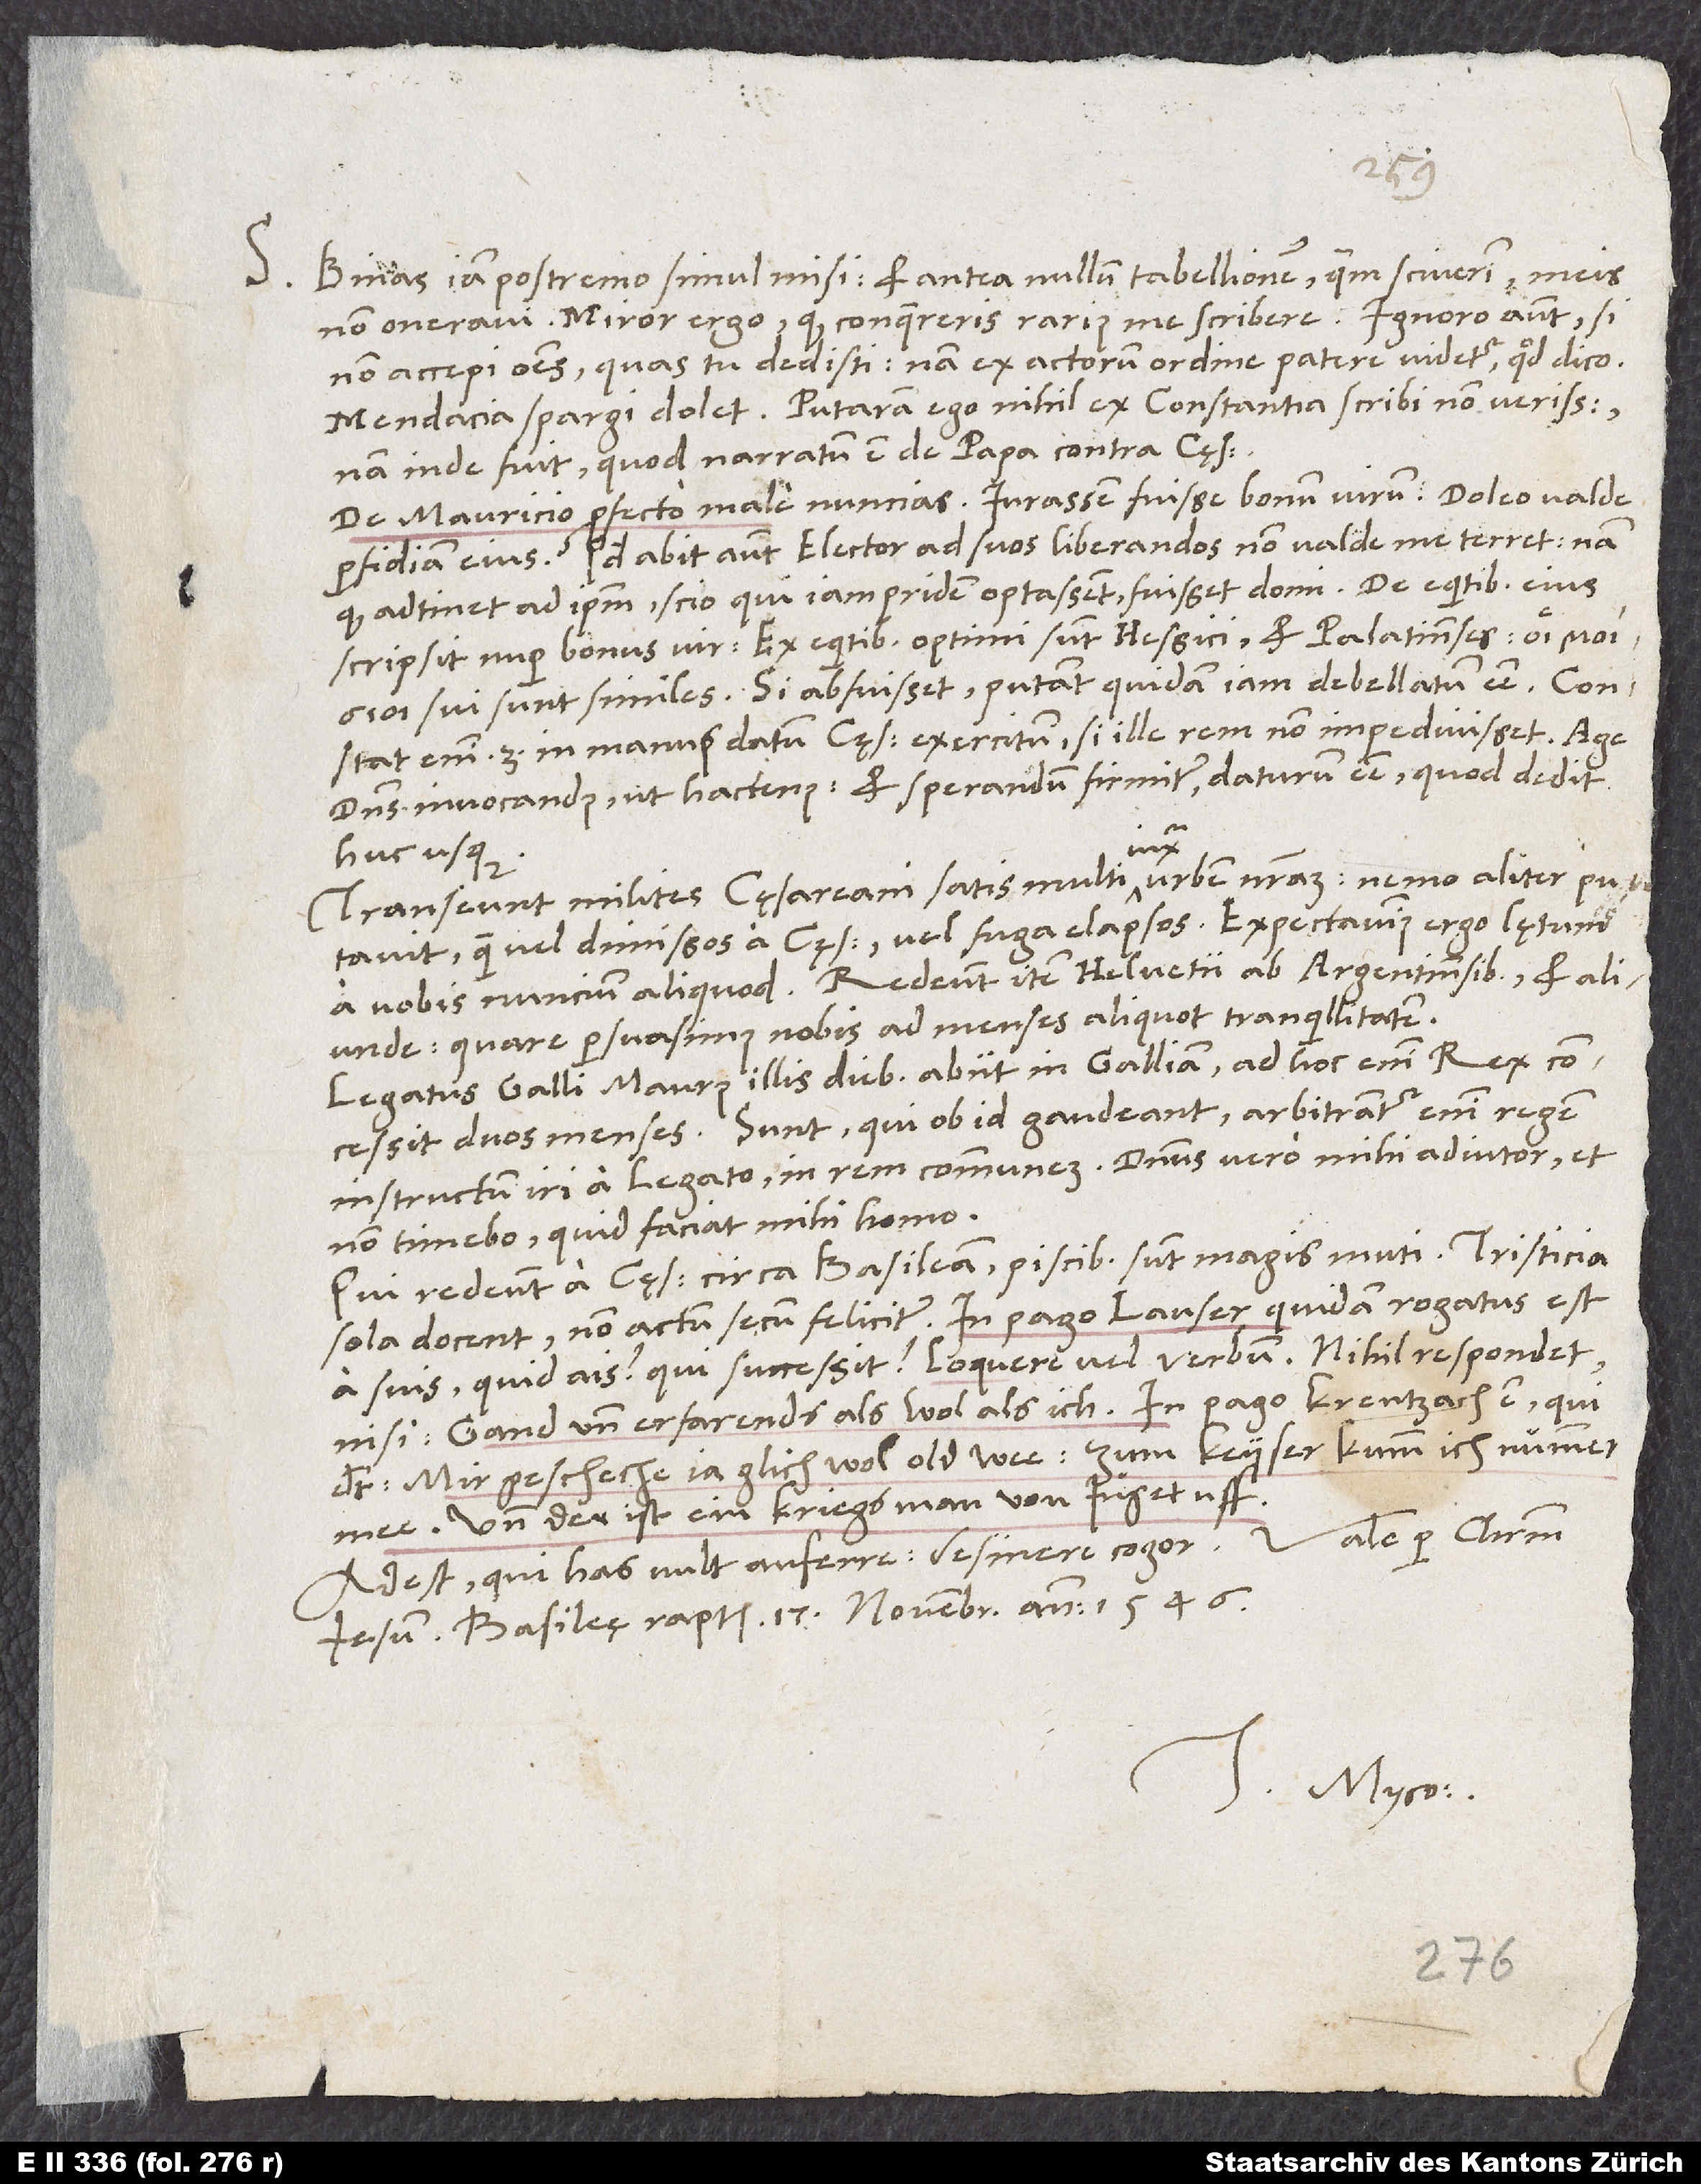
S. Binas iam postremo simul misi et antea nullum tabellionem, quantum sciverim, meis
non oneravi. Miror ergo, quod conquereris rarius me scribere. Ignoro autem, si
non accepi omnes, quas tu dedisti, nam ex actorum ordine patere videtur, quod dico.
Mendacia spargi dolet; putaram ego nihil ex Constantia scribi non verissimum;
nam inde fuit, quod narratum est de papa contra cęsarem.
De Mauricio profecto male nuncias. Iurassem fuisse bonum virum! Doleo valde
perfidiam eius. Quod abit autem elector ad suos liberandos, non valde me terret. Nam
quod adtinet ad ipsum, scio, qui iam pridem optassent fuisset domi. De equitibus eius
scripsit nuper bonus vir: „Ex equitibus optimi sunt Hessici et Palatinenses. sui sunt
similes.“ Si abfuisset, putant quidam iam debellatum esse.
Constat enim tertio in manus datum cęsaris exercitum, si ille rem non impedivisset. Age,
dominus invocandus ut hactenus, et sperandum firmiter daturum esse, quod dedit
hucusque.
Transeunt milites cęsareani satis multi iuxta urbem nostram. Nemo aliter putavit
quam vel dimissos a cęsare vel fuga elapsos. Expectavimus ergo lętum
a vobis nuncium aliquod. Redeunt item Helvetii ab Argentinensibus et aliunde.
Quare persuasimus nobis ad menses aliquot tranquillitatem.
Legatus Galli Maurus illis diebus abiit in Galliam. Ad hoc enim rex
concessit duos menses. Sunt, qui ob id gaudeant. Arbitrantur enim regem
instructum iri a legato in rem communem. Dominus vero mihi adiutor; et
non timebo, quid faciat mihi homo.
Qui redeunt a cęsare circa Basileam, piscibus sunt magis muti. Tristicia
sola docent non actum secum feliciter. In pago Lanser quidam rogatus est
a suis: „Quid ais? qui successit? loquere vel verbum!“ Nihil respondet
nisi: „Gand und erfarends als wol als ich.“ In pago Krentzach est, qui
„Mir gescheche ja glich wol old wee, zum keyser kumm ich nümmermee!“
Und der ist ein kriegsman von juget uff..
Vale per Christum
Adest, qui has vult auferre. Desinere cogor.
Iesum. Basileę raptim, 17. novembris anno 1546.
Tuus Myco.